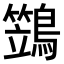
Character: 鷑